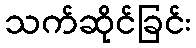
သက်ဆိုင်ခြင်း